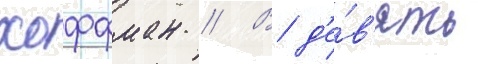
хоффман // В д'е́в'ять